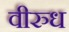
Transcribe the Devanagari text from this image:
वीरुध